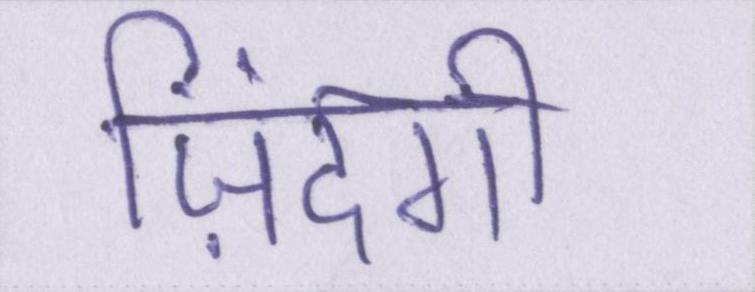
ज़िंदगी